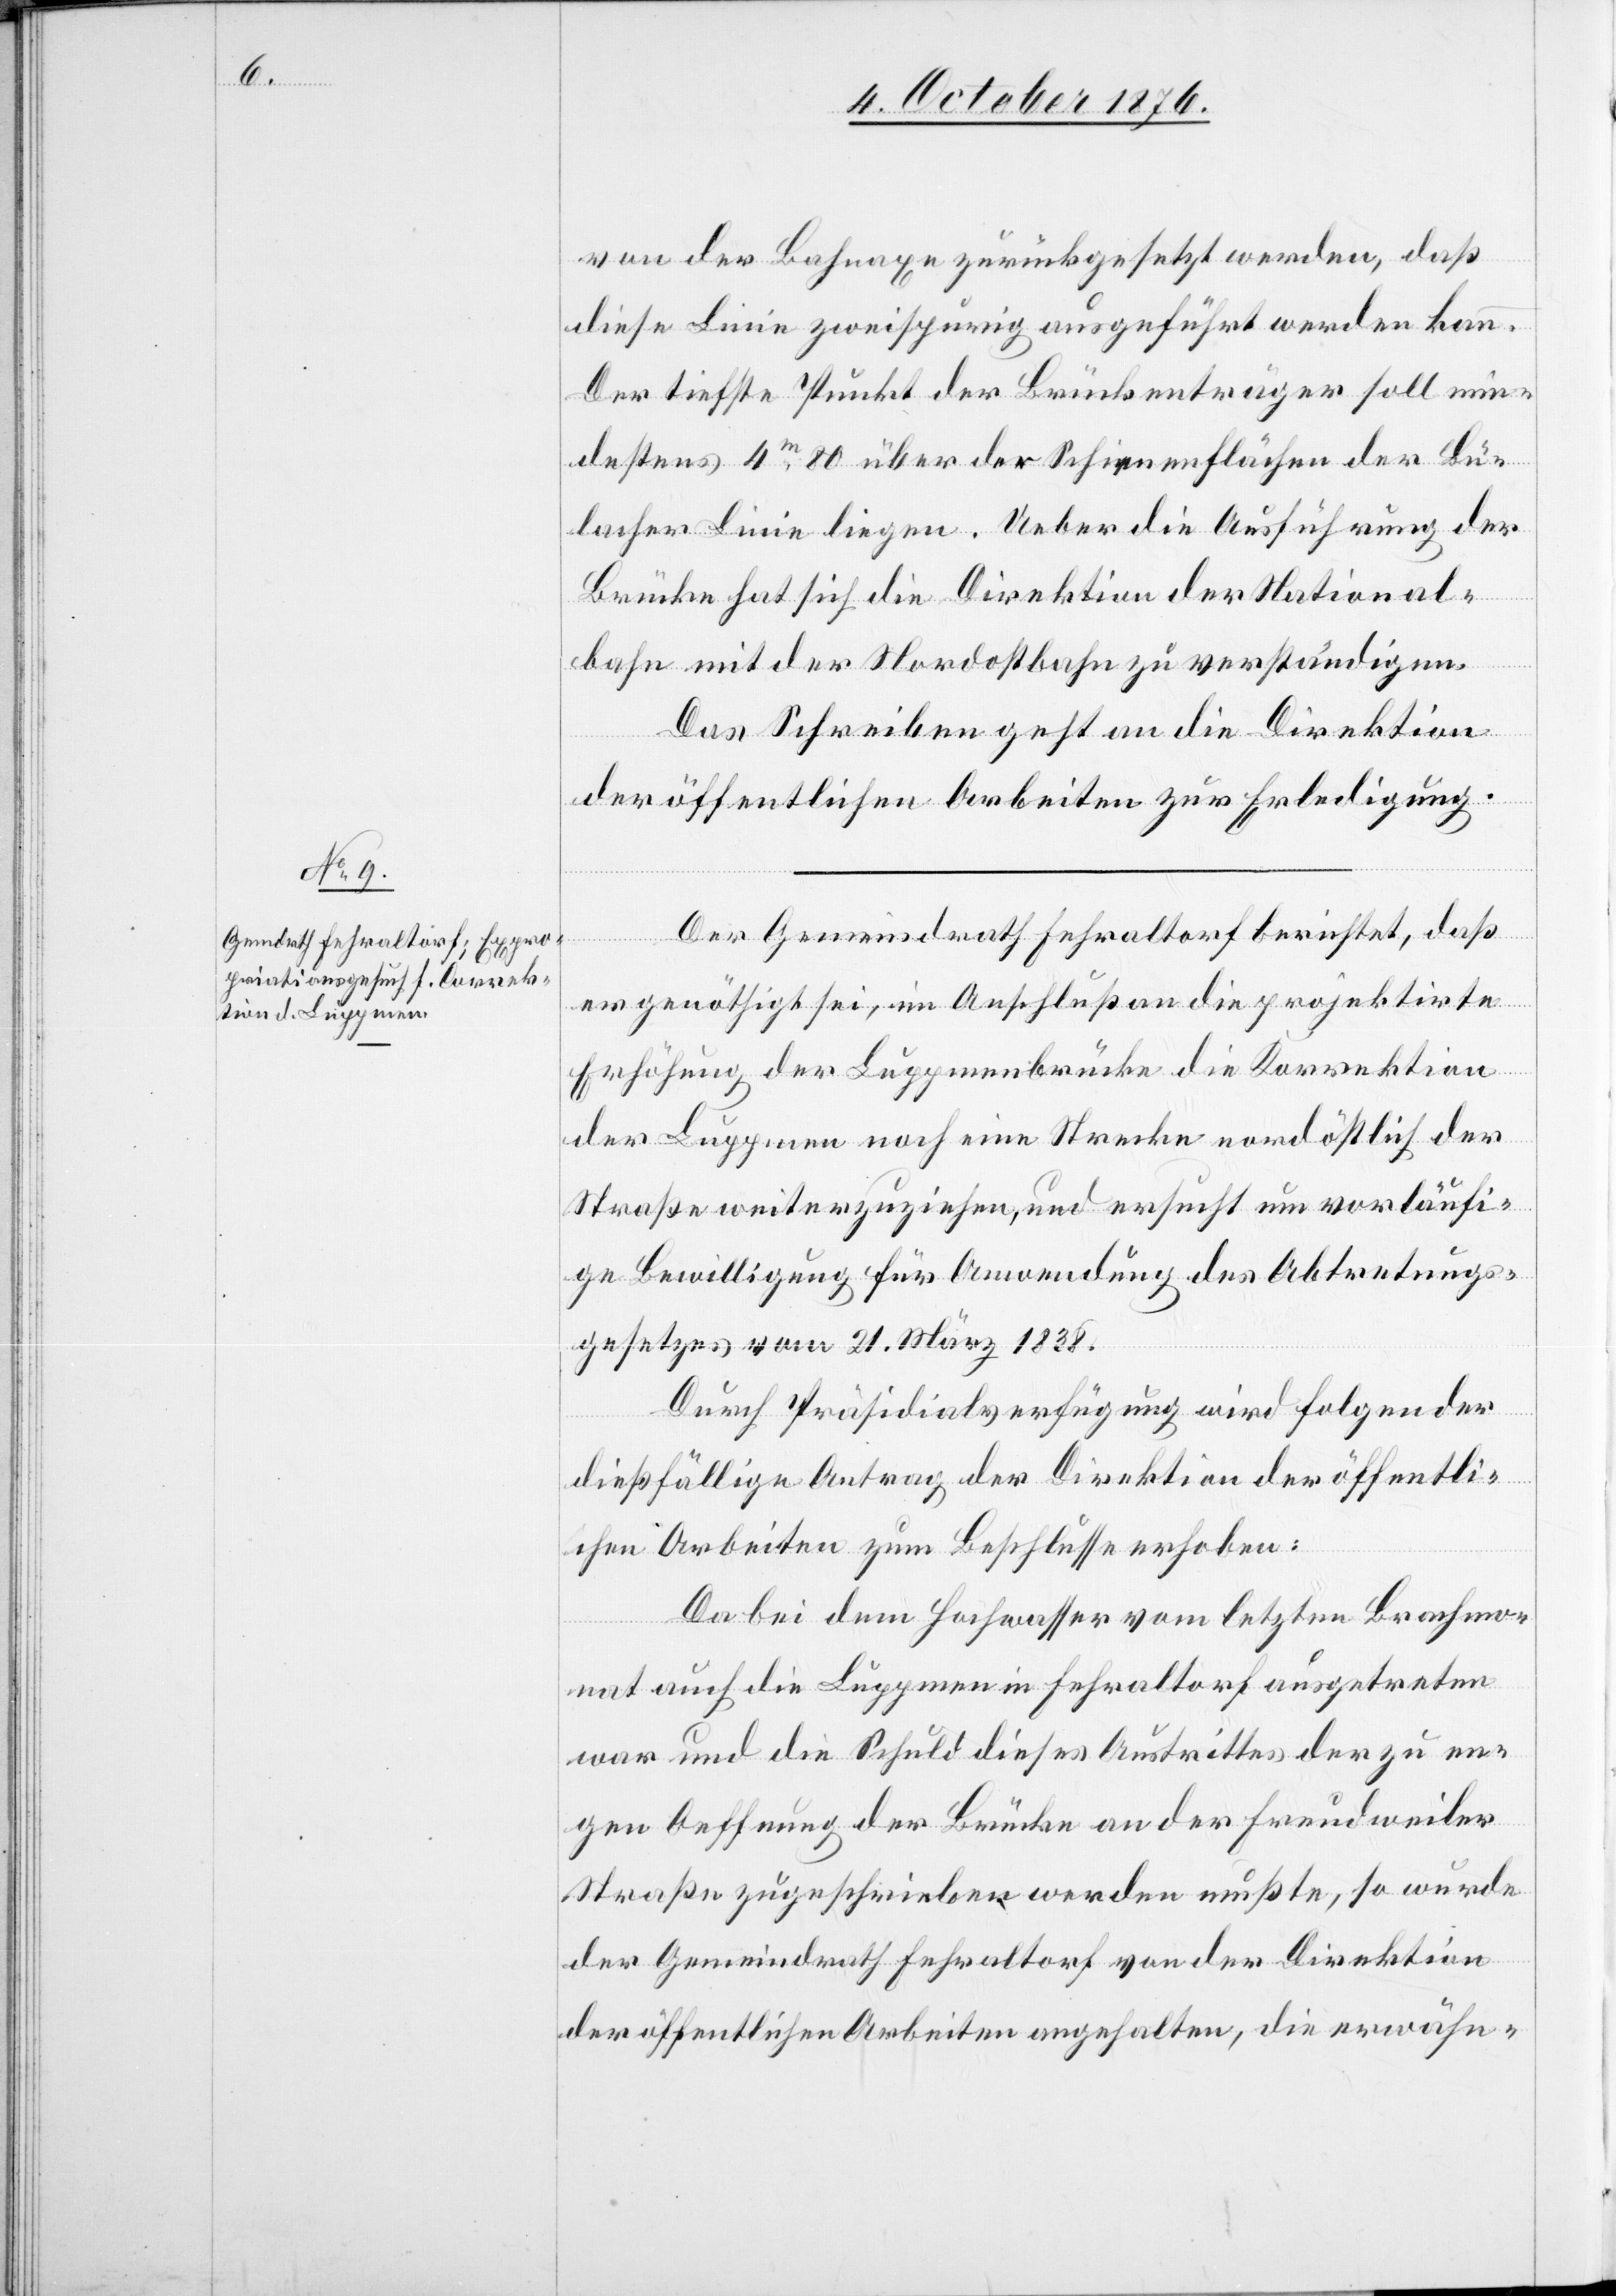
4.

von der Bahnaxe zurückgesetzt werden, daß
diese Linie zweispurig ausgeführt werden kann.
Der tiefste Punkt der Brückenträger soll min¬
destens 4m 80 über den Schienenflächen der Bü¬
lacher Linie liegen. Ueber die Ausführung der
Brücke hat sich die Direktion der National¬
bahn mit der Nordostbahn zu verständigen.
Das Schreiben geht an die Direktion
der öffentlichen Arbeiten zur Erledigung.
Der Gemeindrath Fehraltorf berichtet, das
er genöthigt sei, im Anschluß an die projektirte
Erhöhung der Luppmenbrücke die Korrektion
der Luppmen noch eine Strecke nordöstlich der
Straße weiterzuziehen, und ersucht um vorläufi¬
ge Bewilligung für Anwendung des Abtretungs¬
gesetzes vom 21. März 1838.
Durch Präsidialverfügung wird folgender
dießfällige Antrag der Direktion der öffentli¬
chen Arbeiten zum Beschlusse erhoben:
Da bei dem Hochwasser vom letzten Brachmon¬
at auch die Luppmen in Fehraltorf ausgetreten
war und die Schuld dieses Austrittes der zu en¬
gen Oeffnung der Brücke an der Freudweiler
Straße zugeschrieben werden mußte, so wurde
der Gemeindrath Fehraltorf von der Direktion
der öffentlichen Arbeiten angehalten, die erwähn-